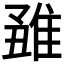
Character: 𨿊